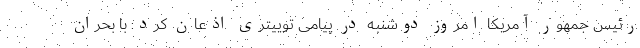
رئیس جمهور آمریکا امروز دوشنبه در پیامی توییتری اذعان کرد: با بحران